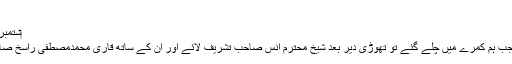
ان شاء اللہ)
‏ستمبر 02، 2015 #246
(گزشتہ سے پیوستہ) جب ہم کمرے میں چلے گئے تو تھوڑی دیر بعد شیخ محترم انس صاحب تشریف لائے اور ان کے ساتھ قاری محمدمصطفیٰ راسخ صاحب بھی موجود تھے۔